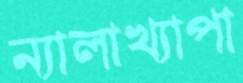
ন্যালাখ্যাপা